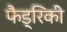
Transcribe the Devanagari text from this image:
फैड्रिकी